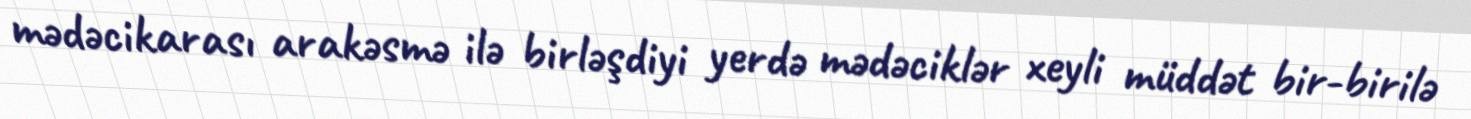
mədəcikarası arakəsmə ilə birləşdiyi yerdə mədəciklər xeyli müddət bir-birilə